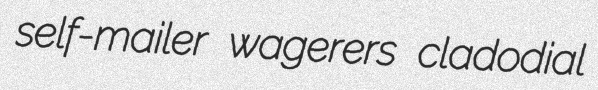
self-mailer wagerers cladodial